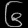
Digit: ၆